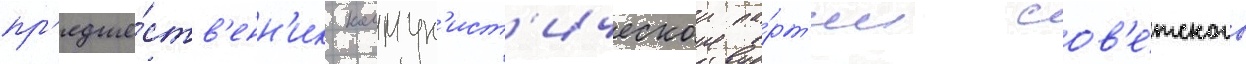
пр'едше́ств'енн'ик коммун'ист'ическои па́рт'ии сов'е́тского